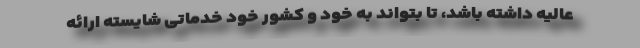
عالیه داشته باشد، تا بتواند به خود و کشور خود خدماتی شایسته ارائه